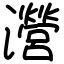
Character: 瀯